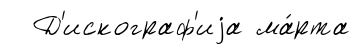
Д'искограф'иjа ма́рта